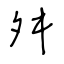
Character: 舛